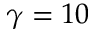
\gamma = 1 0